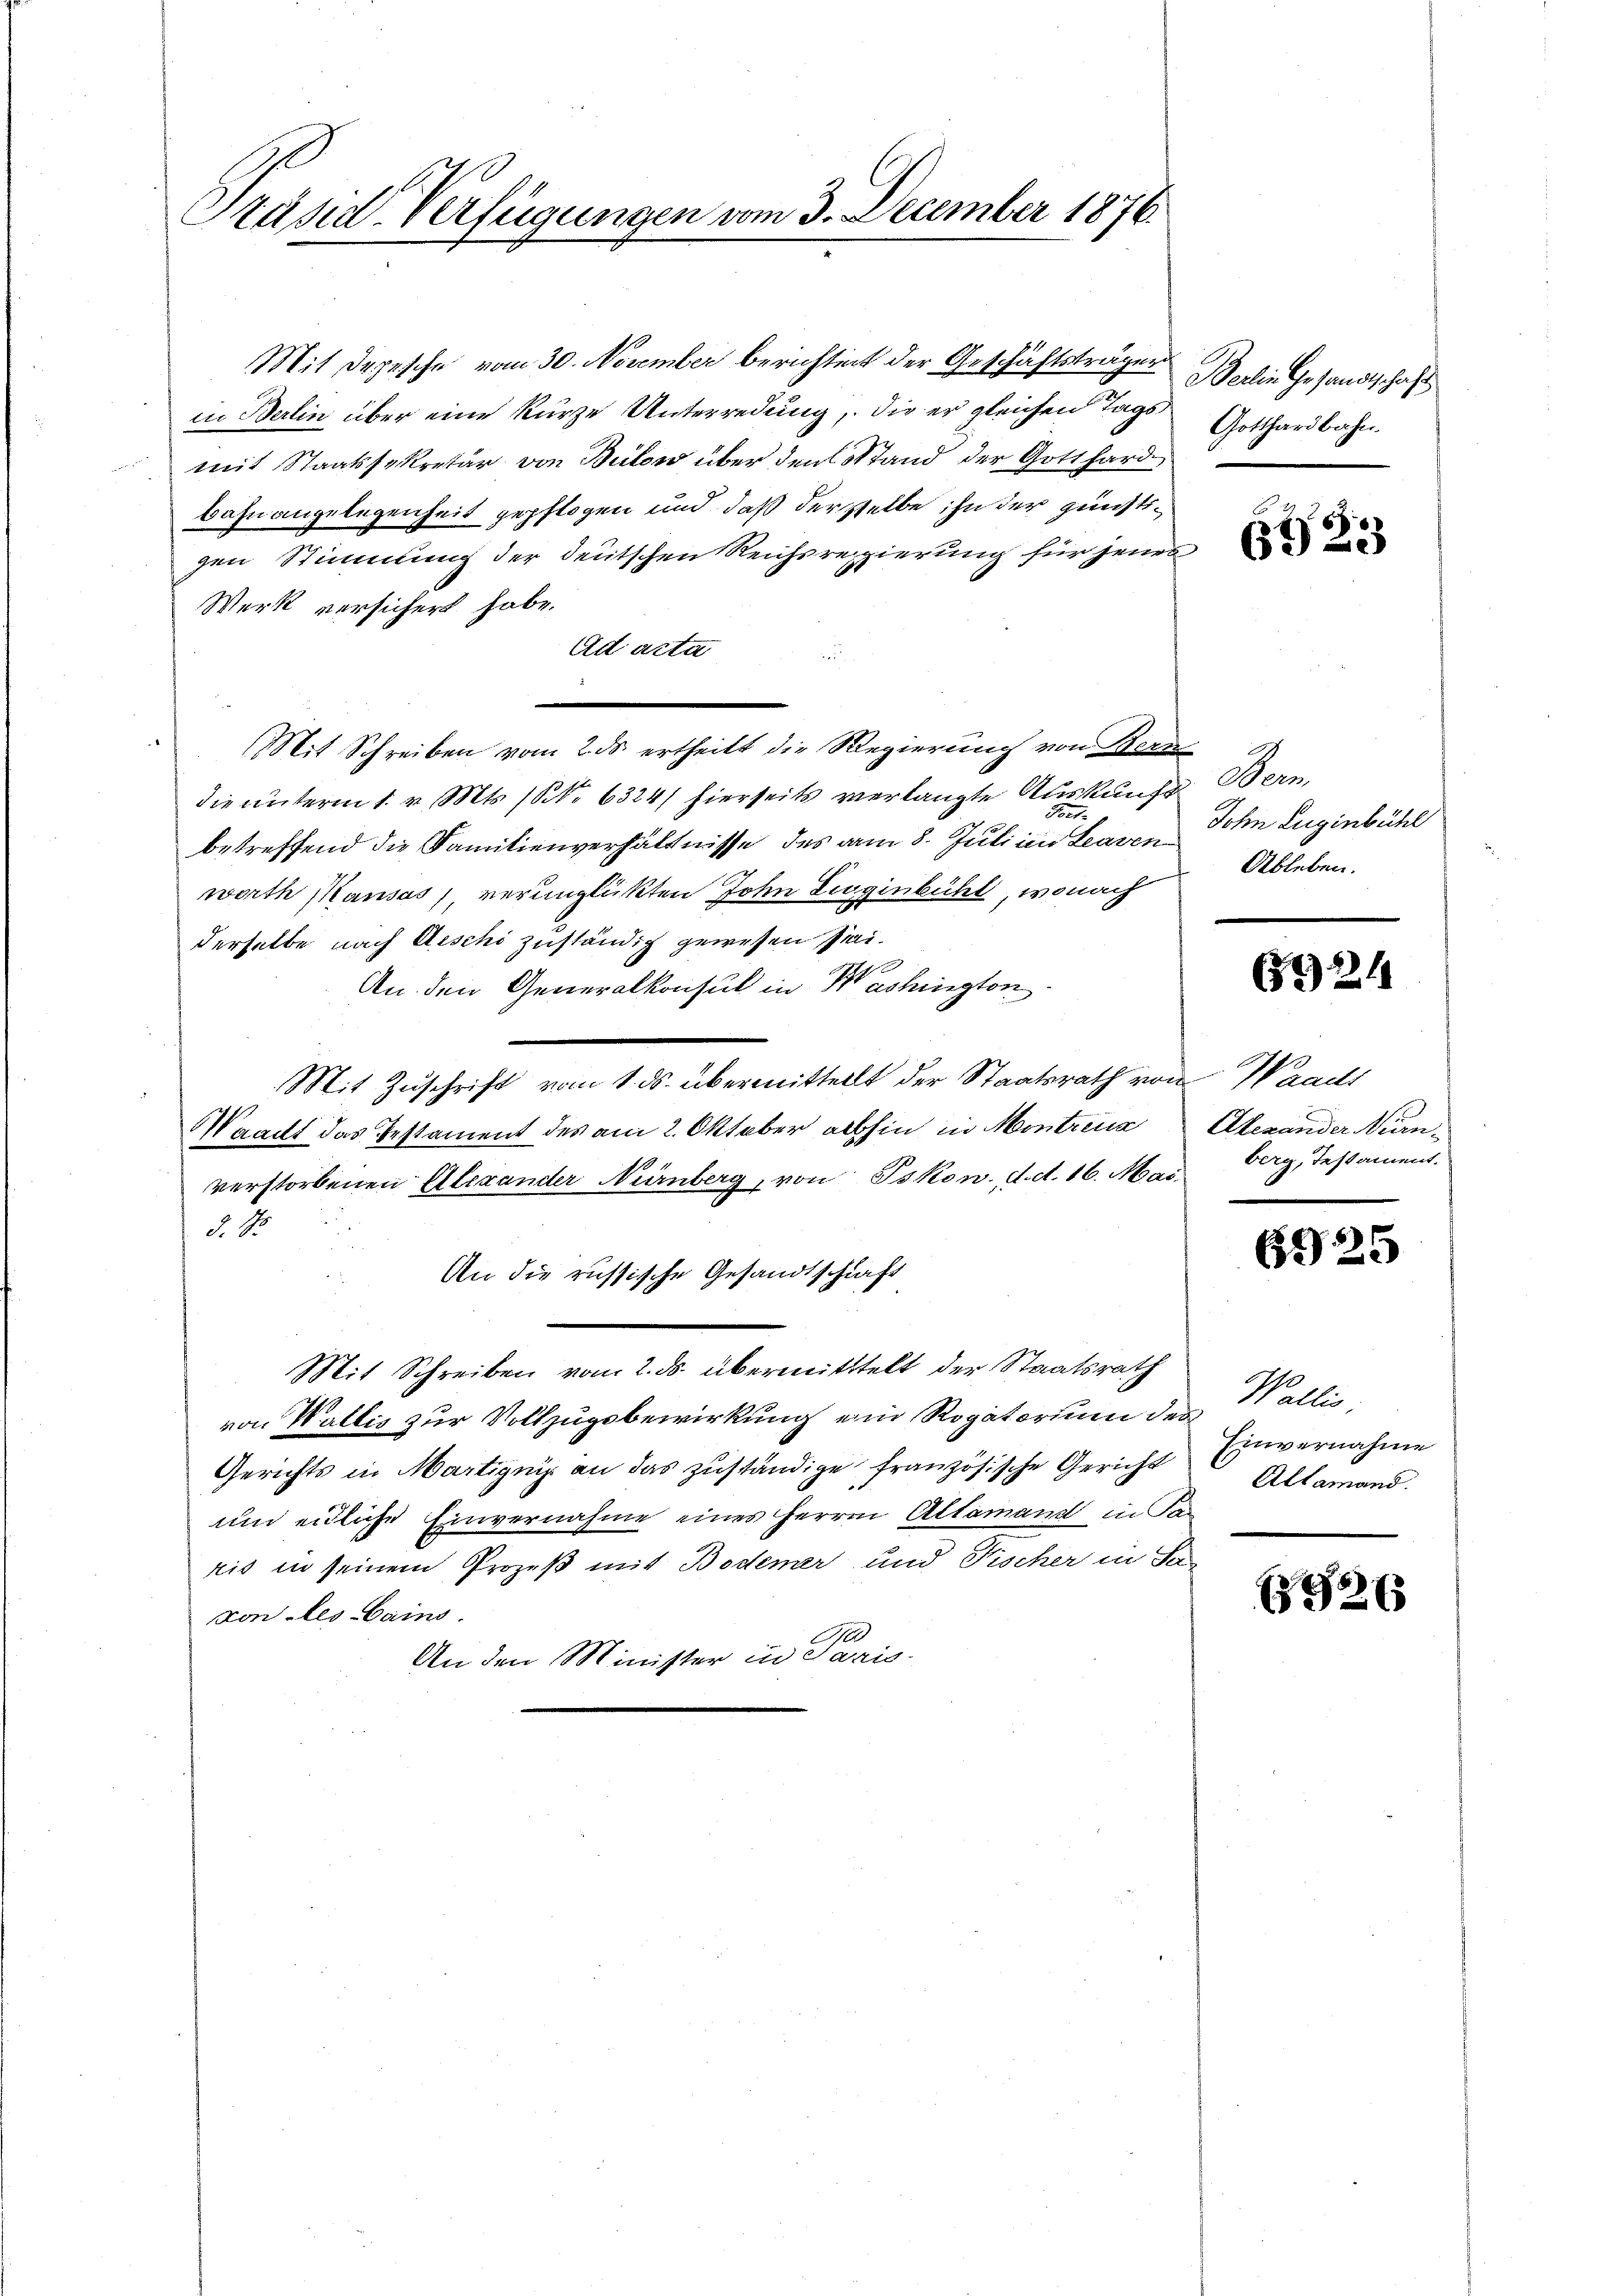
Präsid-Verfügungen vom 3. December 1876.

Mit Depesche vom 30. November berichtet der Geschäftsträger die Gesandtschaft
in Berlin über eine kurze Unterredung, die er gleichen Tagsmit Staatssekretär von Bilow über den Stand der Gotthard
Bahnangelegenheit gepflogen und daß derselbe ihn der günstigen Stimmung der deutschen Reichsregierung für jenes
Werk versichert habe.
Ad acta
Mit Schreiben vom 2. ds. ertheilt die Regierung von Bern
die unterm 1. v. Mts. (N. 6324/ hierseits verlangte Auskunft
betreffend die Familienverhältnisse des am 8. Juli in Leaven
werth Kausas, verunglükten John Luginbühl, wonach
derselbe nach Aeschi zuständig gewesen sei.
An den Generalkonsul in Washington
Mit Zuschrift vom 1. ds. übermittellt der Staatsrath von Waadt
Waacht das Testament des am 2. Oktober abhin in Montreng
verstorbenen Alexander Nürnberg, von Tskon. d. d. 16. Mai
d. 15.
An die russische Gesandtschaft
Mit Schreiben vom 2. ds. übermittelt der Staatsrath
von Wallis zur Vollzugsbewirkung ein Rogatorium der
Gerichts in Martignis an das zuständige französische Gericht
und eidliche Einvernahme eines Herren Altamand in Fa-
ris in seinem Prozeß mit Bodemer und Fischer in Sa
von les Cains.
0
An den Minister in Paris

Gotthardbahn.

6923

Demn
John Eugenbühl
Ableben.

221

Alexander Nien.
berg, Testament.

6925

Wallis,
Einvernahme
Altamand.

2 x